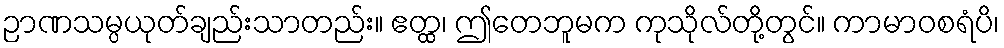
ဉာဏသမ္ပယုတ်ချည်းသာတည်း။ ဧတ္ထ၊ ဤတေဘူမက ကုသိုလ်တို့တွင်။ ကာမာဝစရံပိ၊